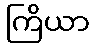
ကြိယာ